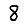
Digit: 8